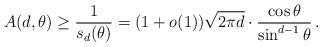
LaTeX: \begin{align*}A(d,\theta) &\ge \frac{1}{s_d(\theta)} = (1+o(1)) \sqrt{2 \pi d} \cdot \frac{\cos \theta}{\sin^{d-1} \theta} \,.\end{align*}